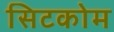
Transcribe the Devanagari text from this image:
सिटकोम